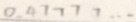
0 . 4 7 7 7 7 \cdots